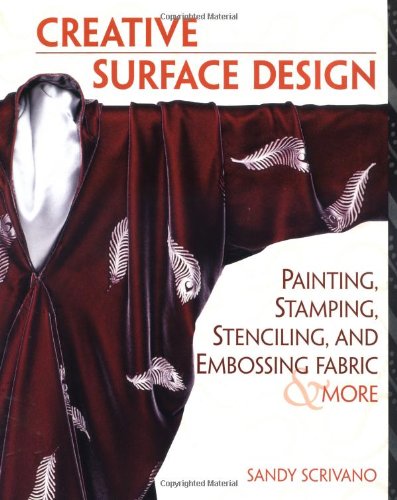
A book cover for Creative Surface Design: Painting, Stamping, Stenciling, and Embossing Fabric & More; Sandy Scrivano; Crafts, Hobbies & Home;